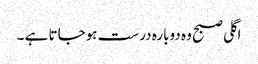
اگلی صبح وہ دوبارہ درست ہوجاتا ہے ۔